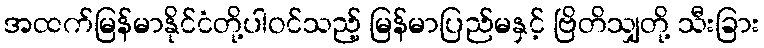
အထက်မြန်မာနိုင်ငံတို့ပါဝင်သည့် မြန်မာပြည်မနှင့် ဗြိတိသျှတို့ သီးခြား